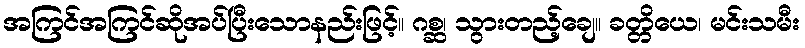
အကြင်အကြင်ဆိုအပ်ပြီးသောနည်းဖြင့်။ ဂစ္ဆ၊ သွားတည့်ချေ။ ခတ္တိယေ၊ မင်းသမီး